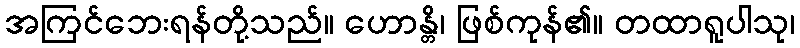
အကြင်ဘေးရန်တို့သည်။ ဟောန္တိ၊ ဖြစ်ကုန်၏။ တထာရူပါသု၊